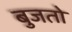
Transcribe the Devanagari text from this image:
बुजतो